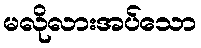
မလိုလားအပ်သော